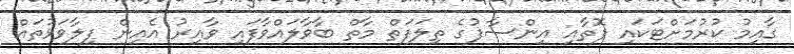
ގާއިމު ކުރުމަށްޓަކައި ފޮތާއި އިންސާފުގެ ތިލަފަތް މާތް ބާވާލައްވާފައި ވާއިރު އެއިން ފިލާވަޅުތައް